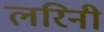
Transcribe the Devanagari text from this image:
लरिनी